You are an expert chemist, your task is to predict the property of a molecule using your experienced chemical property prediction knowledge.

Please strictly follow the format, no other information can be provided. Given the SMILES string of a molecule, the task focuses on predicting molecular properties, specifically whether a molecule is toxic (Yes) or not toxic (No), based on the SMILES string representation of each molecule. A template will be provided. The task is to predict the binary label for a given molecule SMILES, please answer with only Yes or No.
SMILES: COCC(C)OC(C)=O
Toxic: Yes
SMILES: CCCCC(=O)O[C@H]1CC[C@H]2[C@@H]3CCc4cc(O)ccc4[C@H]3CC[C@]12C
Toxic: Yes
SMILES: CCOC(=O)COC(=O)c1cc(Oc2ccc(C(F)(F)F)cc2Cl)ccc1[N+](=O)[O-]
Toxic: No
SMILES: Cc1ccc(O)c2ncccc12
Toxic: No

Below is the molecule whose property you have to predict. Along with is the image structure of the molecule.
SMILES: O=C1CCC(c2ccc(-n3ccnc3)cc2)=NN1
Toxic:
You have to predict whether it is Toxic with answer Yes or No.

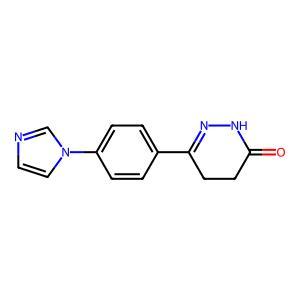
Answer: No